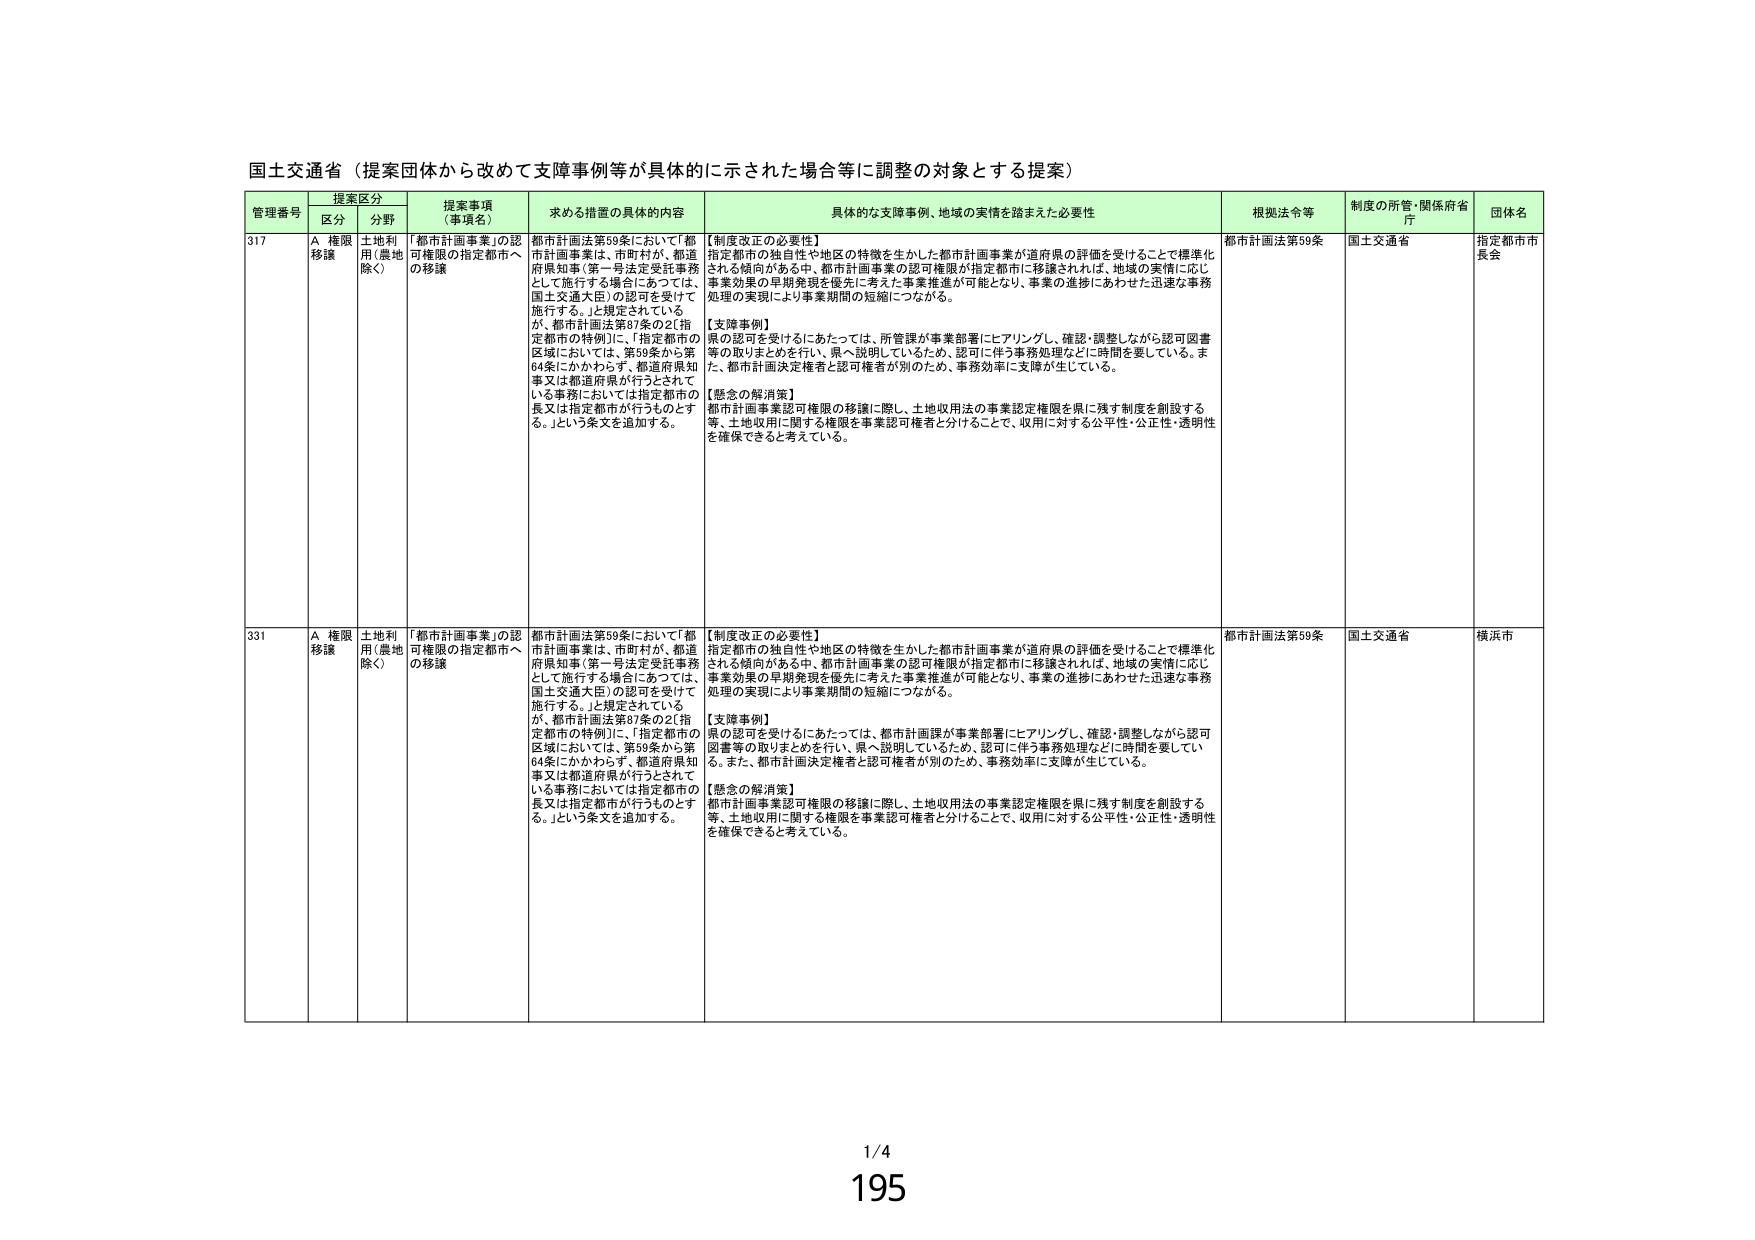
国土交通省（提案団体から改めて支障事例等が具体的に示された場合等に調整の対象とする提案）

管理番号 提案区分 提案事項（事項名） 求める措置の具体的内容 具体的な支障事例、地域の実情を踏まえた必要性 根拠法令等 制度の所管・関係府省庁 団体名
区分 分野

317 A 権限移譲 土地利用（農地除く） 「都市計画事業」の認可権限の指定都市への移譲 都市計画法第59条において「都市計画事業は、市町村が、都道府県知事（第一号法定受託事務として施行する場合にあっては、国土交通大臣）の認可を受けて施行する。」と規定されているが、都市計画法第87条の2（指定都市の特例）に、「指定都市の区域においては、第59条から第64条にかかわらず、都道府県知事又は都道府県が行うとされている事務においては指定都市の長又は指定都市が行うものとする。」という条文を追加する。 【制度改正の必要性】
指定都市の独自性や地区の特徴を生かした都市計画事業が道府県の評価を受けることで標準化される傾向がある中、都市計画事業の認可権限が指定都市に移譲されれば、地域の実情に応じ事業効果の早期発現を優先に考えた事業推進が可能となり、事業の進捗にあわせた迅速な事務処理の実現により事業期間の短縮につながる。
【支障事例】
認可を受けるにあたっては、所管課が事業部署にヒアリングし、確認・調整しながら認可図書等の取りまとめを行い、県へ説明しているため、認可に伴う事務処理などに時間を要している。また、都市計画決定権者と認可権者が別のために、事務効率に支障が生じている。
【懸念の解消策】
都市計画事業認可権限の移譲に際し、土地収用法の事業認定権限を県に残す制度を創設する等、土地収用に関する権限を事業認可権者と分けることで、収用に対する公平性・公正性・透明性を確保できると考えている。 都市計画法第59条 国土交通省 指定都市市長会

331 A 権限移譲 土地利用（農地除く） 「都市計画事業」の認可権限の指定都市への移譲 都市計画法第59条において「都市計画事業は、市町村が、都道府県知事（第一号法定受託事務として施行する場合にあっては、国土交通大臣）の認可を受けて施行する。」と規定されているが、都市計画法第87条の2（指定都市の特例）に、「指定都市の区域においては、第59条から第64条にかかわらず、都道府県知事又は都道府県が行うとされている事務においては指定都市の長又は指定都市が行うものとする。」という条文を追加する。 【制度改正の必要性】
指定都市の独自性や地区の特徴を生かした都市計画事業が道府県の評価を受けることで標準化される傾向がある中、都市計画事業の認可権限が指定都市に移譲されれば、地域の実情に応じ事業効果の早期発現を優先に考えた事業推進が可能となり、事業の進捗にあわせた迅速な事務処理の実現により事業期間の短縮につながる。
【支障事例】
認可を受けるにあたっては、都市計画課が事業部署にヒアリングし、確認・調整しながら認可図書等の取りまとめを行い、県へ説明しているため、認可に伴う事務処理などに時間を要している。また、都市計画決定権者と認可権者が別のために、事務効率に支障が生じている。
【懸念の解消策】
都市計画事業認可権限の移譲に際し、土地収用法の事業認定権限を県に残す制度を創設する等、土地収用に関する権限を事業認可権者と分けることで、収用に対する公平性・公正性・透明性を確保できると考えている。 都市計画法第59条 国土交通省 横浜市

1/4
195